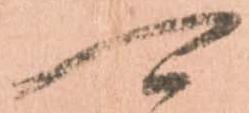
可